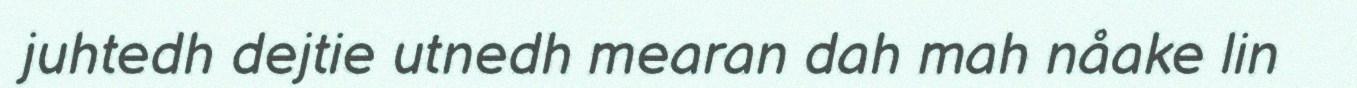
juhtedh dejtie utnedh mearan dah mah nåake lin